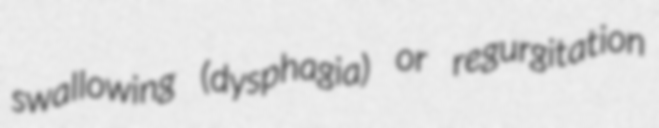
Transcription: swallowing (dysphagia) or regurgitation